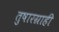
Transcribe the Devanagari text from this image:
तुषारग्राही